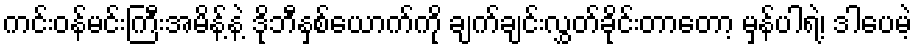
ကင်းဝန်မင်းကြီးအမိန့်နဲ့ ဒိုဘီနှစ်ယောက်ကို ချက်ချင်းလွှတ်ခိုင်းတာတော့ မှန်ပါရဲ့၊ ဒါပေမဲ့